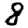
Digit: 8